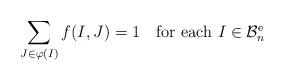
LaTeX: \begin{align*} \sum_{J \in \varphi(I)} f(I,J) = 1 ~~~\mbox{for each $I \in {\mathcal B}_n^{\rm e}$}\end{align*}